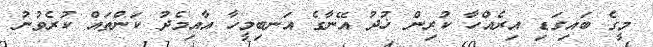
މީގެ ބައިގަޑި އިރެއްހާ ކުރިން ޚުދު އޭނާގެ އަނބިމީހާ އާއިމެދު ކަންތައް ކުރެވުނު